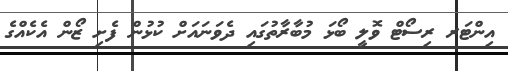
އިންޓަރ ރިސޯޓް ވޮލީ ބޯޅަ މުބާރާތުގައި ދެވަނައަށް ކުޅުން ފެށި ޒޯން އެކެއްގެ